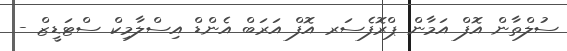
ސުލްތާން އޮފް އަމާން ޕްރޮފެސަރ އޮފް އަރަބް އެންޑް އިސްލާމިކް ސްޓަޑީޒް -